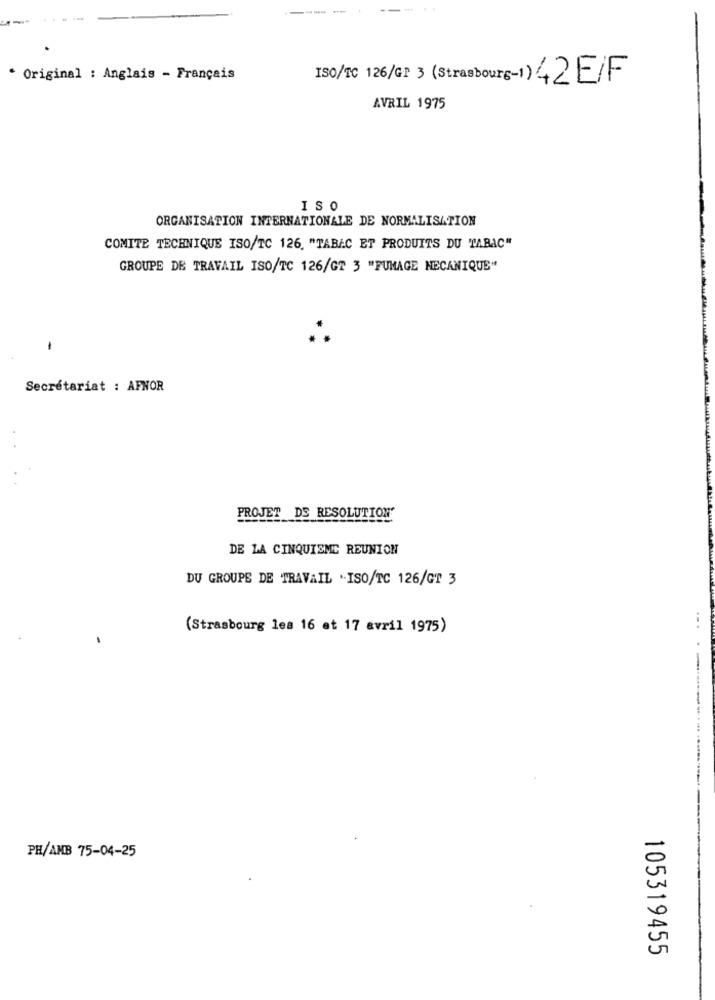
----
* Original : Anglais - Français
ISO/TC 126/GP 3 (Strasbourg-1) 42E/F
AVRIL 1975
ISO
ORGANISATION INTERNATIONALE DE NORMALISATION
COMITE TECHNIQUE ISO/TC 126. "TABAC ET PRODUITS DU TABAC"
GROUPE DE TRAVAIL ISO/TC 126/GT 3 "FUMAGE MECANIQUE"
-
Secrétariat : AFNOR
PROJET DE RESOLUTION'
DE LA CINQUISME REUNION
DU GROUPE DE TRAVAIL .ISO/TC 126/GT 3
(Strasbourg lea 16 et 17 avril 1975)
...
-------.....
PH/AMB 75-04-25
105319455